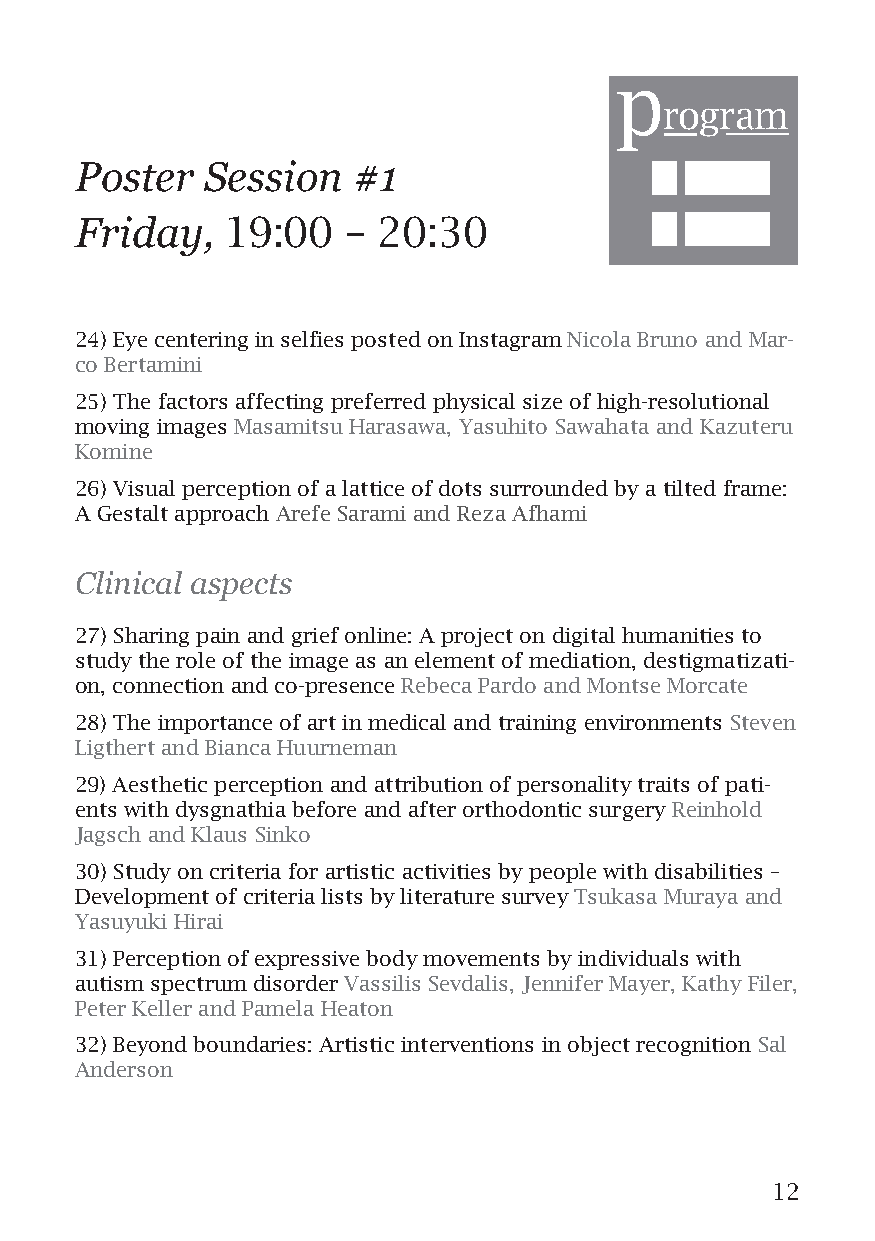
p
 rogram
 Poster   Session  #1
 Friday,   19:00   – 20:30
 24) Eye centering in selfies posted on Instagram Nicola Bruno and Mar-
 co Bertamini
 25) The factors affecting preferred physical size of high-resolutional
 moving images Masamitsu Harasawa, Yasuhito Sawahata and Kazuteru
 Komine
 26) Visual perception of a lattice of dots surrounded by a tilted frame:
 A Gestalt approach Arefe Sarami and Reza Afhami
 Clinical aspects
 27) Sharing pain and grief online: A project on digital humanities to
 study the role of the image as an element of mediation, destigmatizati-
 on, connection and co-presence Rebeca Pardo and Montse Morcate
 28) The importance of art in medical and training environments Steven
 Ligthert and Bianca Huurneman
 29) Aesthetic perception and attribution of personality traits of pati-
 ents with dysgnathia before and after orthodontic surgery Reinhold
 Jagsch and Klaus Sinko
 30) Study on criteria for artistic activities by people with disabilities –
 Development of criteria lists by literature survey Tsukasa Muraya and
 Yasuyuki Hirai
 31) Perception of expressive body movements by individuals with
 autism spectrum disorder Vassilis Sevdalis, Jennifer Mayer, Kathy Filer,
 Peter Keller and Pamela Heaton
 32) Beyond boundaries: Artistic interventions in object recognition Sal
 Anderson
 12